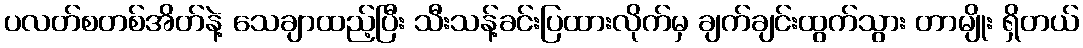
ပလတ်စတစ်အိတ်နဲ့ သေချာထည့်ပြီး သီးသန့်ခင်းပြထားလိုက်မှ ချက်ချင်းထွက်သွား တာမျိုး ရှိတယ်